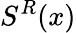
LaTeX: S^{R}(x)